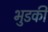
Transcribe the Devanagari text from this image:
भुडकी